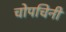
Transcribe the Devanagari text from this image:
चोपचिनी